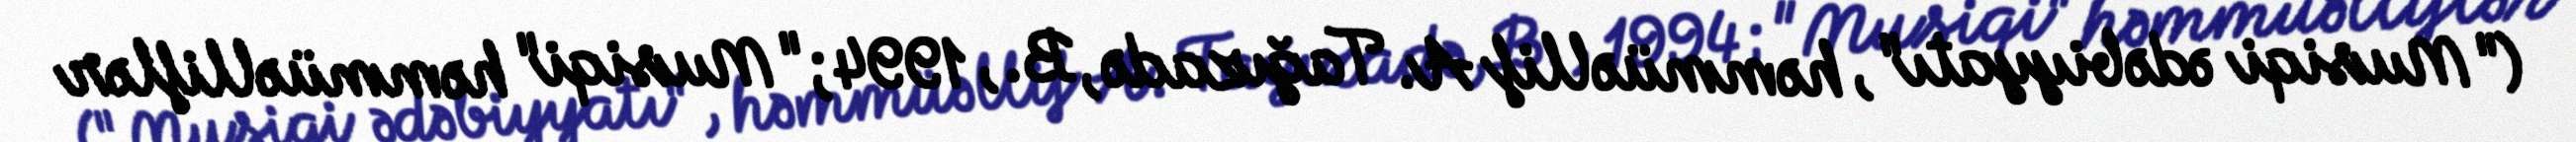
("Musiqi ədəbiyyatı", həmmüəllif A. Tağızadə, B., 1994; "Musiqi" həmmüəlliflər